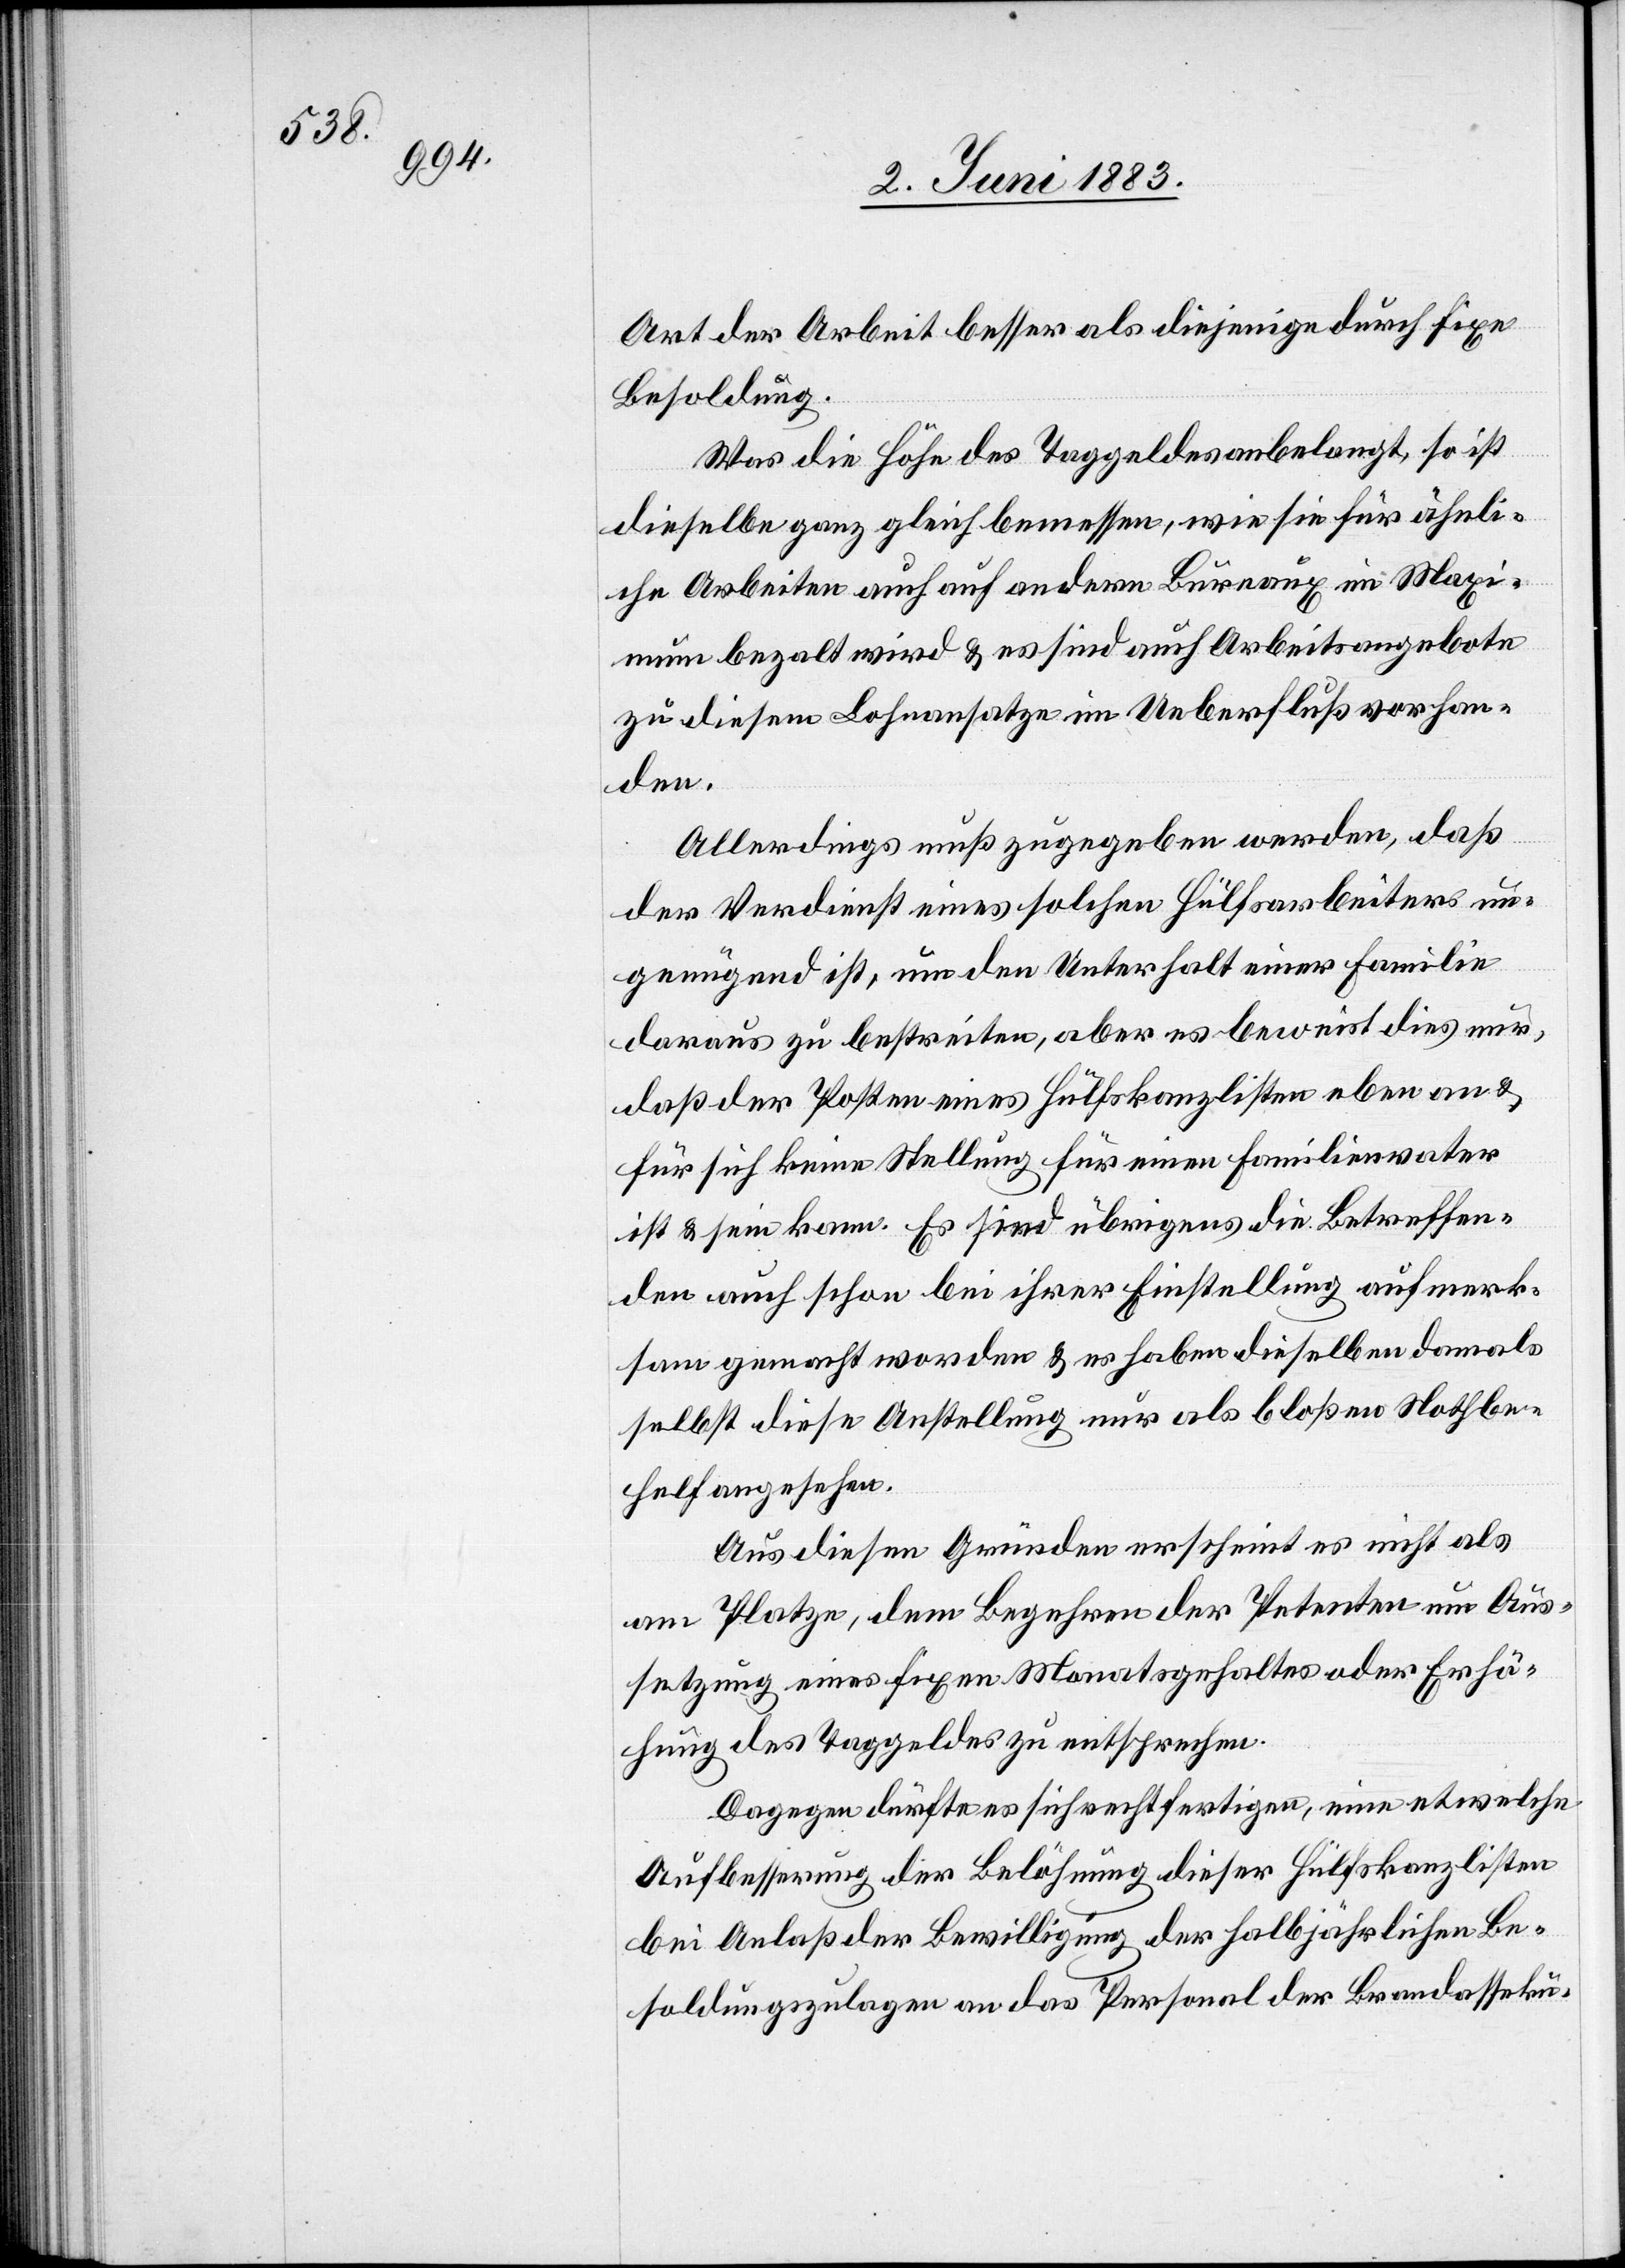
Art der Arbeit besser als diejenige durch fixe
Besoldung.
Was die Höhe des Taggeldes anbelangt, so ist
dieselbe ganz gleich bemessen, wie sie für ähnli¬
che Arbeiten auch auf andern Bureaux im Maxi¬
mum bezalt wird & es sind auch Arbeitsangebote
zu diesem Lohnansatze im Ueberfluß vorhan¬
den.
Allerdings muß zugegeben werden, daß
der Verdienst eines solchen Hülfsarbeiters un¬
genügend ist, um den Unterhalt einer Familie
daraus zu bestreiten, aber es beweist dies nur,
daß der Posten eines Hülfskanzlisten eben an &
für sich keine Stellung für einen Familienvater
ist & sein kann. Es sind übrigens die Betreffen¬
den auch schon bei ihrer Einstellung aufmerk¬
sam gemacht worden & es haben dieselben damals
selbst diese Anstellung nur als bloßen Nothbe¬
helf angesehen.
Aus diesen Gründen erscheint es nicht als
am Platze, dem Begehren der Petenten um Aus¬
setzung eines fixen Monatsgehaltes oder Erhö¬
hung des Taggeldes zu entsprechen.
Dagegen dürfte es sich rechtfertigen, eine etwelche
Aufbesserung der Belöhnung dieser Hülfskanzlisten
bei Anlaß der Bewilligung der halbjährlichen Be¬
soldungszulagen an das Personal der Brandasseku-